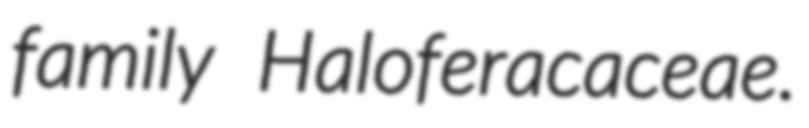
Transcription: family Haloferacaceae.